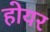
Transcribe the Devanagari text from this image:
होयर